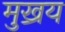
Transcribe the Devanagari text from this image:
मुख्रय